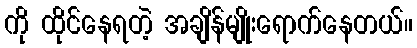
ကို ထိုင်နေရတဲ့ အချိန်မျိုးရောက်နေတယ်။